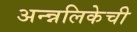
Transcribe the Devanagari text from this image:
अन्न्नलिकेची